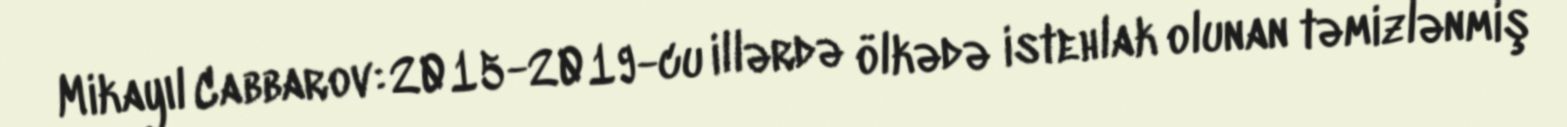
Mikayıl Cabbarov: 2015-2019-cu illərdə ölkədə istehlak olunan təmizlənmiş